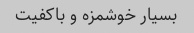
بسیار خوشمزه و باکفیت